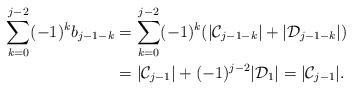
LaTeX: \begin{align*}\sum_{k=0}^{j-2}(-1)^kb_{j-1-k}&=\sum_{k=0}^{j-2}(-1)^k(|\mathcal{C}_{j-1-k}|+|\mathcal{D}_{j-1-k}|)\\&=|\mathcal{C}_{j-1}|+(-1)^{j-2}|\mathcal{D}_1|=|\mathcal{C}_{j-1}|.\end{align*}